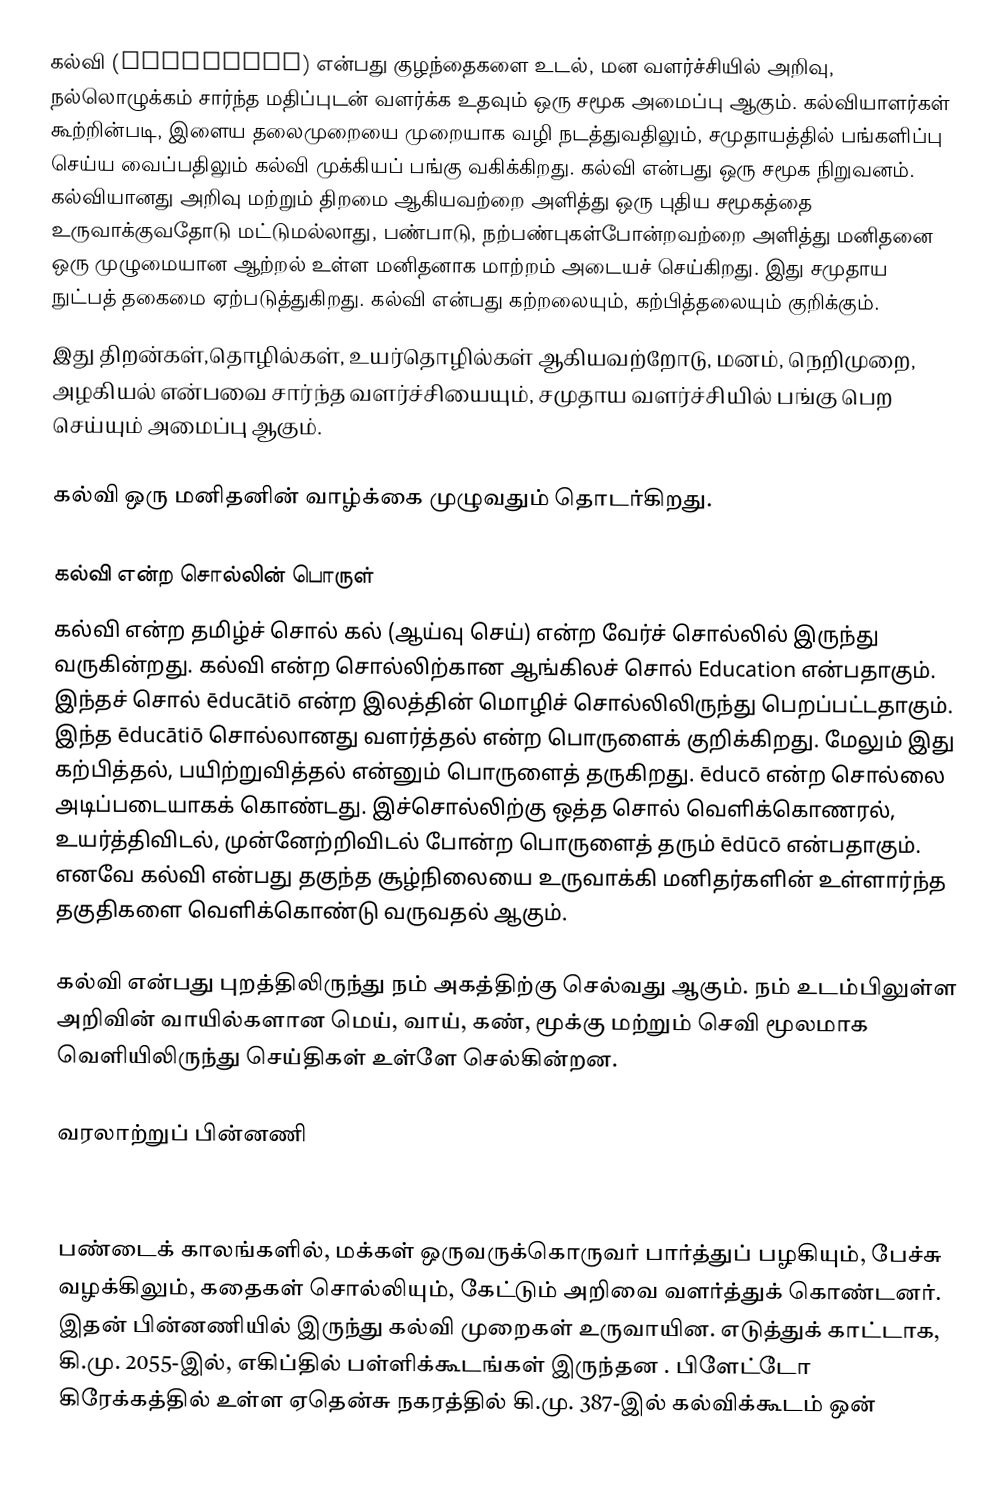
கல்வி (Education) என்பது குழந்தைகளை உடல், மன வளர்ச்சியில் அறிவு, நல்லொழுக்கம் சார்ந்த மதிப்புடன் வளர்க்க உதவும் ஒரு சமூக அமைப்பு ஆகும். கல்வியாளர்கள் கூற்றின்படி, இளைய தலைமுறையை முறையாக வழி நடத்துவதிலும், சமுதாயத்தில் பங்களிப்பு செய்ய வைப்பதிலும் கல்வி முக்கியப் பங்கு வகிக்கிறது. கல்வி என்பது ஒரு சமூக நிறுவனம். கல்வியானது அறிவு மற்றும் திறமை ஆகியவற்றை அளித்து ஒரு புதிய சமூகத்தை உருவாக்குவதோடு  மட்டுமல்லாது, பண்பாடு, நற்பண்புகள்போன்றவற்றை அளித்து மனிதனை ஒரு முழுமையான ஆற்றல் உள்ள மனிதனாக மாற்றம் அடையச் செய்கிறது. இது சமுதாய நுட்பத் தகைமை ஏற்படுத்துகிறது. கல்வி என்பது கற்றலையும், கற்பித்தலையும் குறிக்கும்.
இது திறன்கள்,தொழில்கள், உயர்தொழில்கள் ஆகியவற்றோடு, மனம், நெறிமுறை, அழகியல் என்பவை சார்ந்த வளர்ச்சியையும், சமுதாய வளர்ச்சியில் பங்கு பெற செய்யும் அமைப்பு ஆகும்.

கல்வி ஒரு மனிதனின் வாழ்க்கை முழுவதும் தொடர்கிறது.

கல்வி என்ற சொல்லின் பொருள்
கல்வி  என்ற தமிழ்ச் சொல்  கல் (ஆய்வு செய்) என்ற  வேர்ச் சொல்லில் இருந்து வருகின்றது.  கல்வி என்ற சொல்லிற்கான ஆங்கிலச் சொல் Education என்பதாகும். இந்தச் சொல் ēducātiō  என்ற இலத்தின் மொழிச் சொல்லிலிருந்து பெறப்பட்டதாகும். இந்த ēducātiō சொல்லானது வளர்த்தல் என்ற பொருளைக் குறிக்கிறது. மேலும் இது கற்பித்தல், பயிற்றுவித்தல் என்னும் பொருளைத் தருகிறது. ēducō  என்ற சொல்லை அடிப்படையாகக் கொண்டது. இச்சொல்லிற்கு ஒத்த சொல் வெளிக்கொணரல், உயர்த்திவிடல், முன்னேற்றிவிடல் போன்ற பொருளைத் தரும் ēdūcō என்பதாகும். எனவே கல்வி என்பது தகுந்த சூழ்நிலையை உருவாக்கி மனிதர்களின் உள்ளார்ந்த தகுதிகளை வெளிக்கொண்டு வருவதல் ஆகும்.

கல்வி என்பது புறத்திலிருந்து நம் அகத்திற்கு செல்வது ஆகும். நம் உடம்பிலுள்ள அறிவின் வாயில்களான மெய், வாய், கண், மூக்கு மற்றும் செவி மூலமாக வெளியிலிருந்து செய்திகள் உள்ளே செல்கின்றன.

வரலாற்றுப் பின்னணி

பண்டைக் காலங்களில்,  மக்கள் ஒருவருக்கொருவர் பார்த்துப் பழகியும், பேச்சு வழக்கிலும், கதைகள் சொல்லியும், கேட்டும்  அறிவை வளர்த்துக் கொண்டனர். இதன் பின்னணியில் இருந்து கல்வி முறைகள் உருவாயின. எடுத்துக் காட்டாக, கி.மு. 2055-இல்,  எகிப்தில் பள்ளிக்கூடங்கள் இருந்தன . பிளேட்டோ கிரேக்கத்தில் உள்ள ஏதென்சு நகரத்தில் கி.மு. 387-இல் கல்விக்கூடம் ஒன்